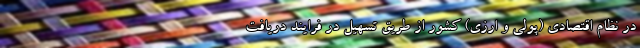
در نظام اقتصادی (پولی و ارزی) کشور از طریق تسهیل در فرایند دریافت